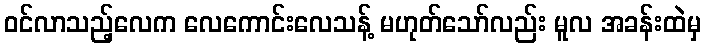
ဝင်လာသည့်လေက လေကောင်းလေသန့် မဟုတ်သော်လည်း မူလ အခန်းထဲမှ